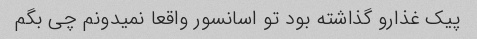
پیک غذارو گذاشته بود تو اسانسور واقعا نمیدونم چی بگم